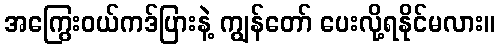
အကြွေးဝယ်ကဒ်ပြားနဲ့ ကျွန်တော် ပေးလို့ရနိုင်မလား။